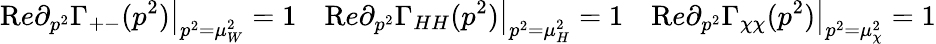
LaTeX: {\mathrm Re}\partial_{p^{2}}\Gamma_{+-}(p^{2})\big|_{p^{2}=\mu_{W}^{2}}=1\quad{\mathrm Re}\partial_{p^{2}}\Gamma_{HH}(p^{2})\big|_{p^{2}=\mu_{H}^{2}}=1\quad{\mathrm Re}\partial_{p^{2}}\Gamma_{\chi\chi}(p^{2})\big|_{p^{2}=\mu_{\chi}^{2}}=1